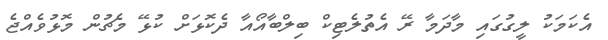
އެކަަމަކު ލީގުގައި މާދަމާ ރޭ އެތުލެޓިކް ބިލްބާއޯއާ ދެކޮޅަށް ކުޅޭ މެޗުން މޮޅުވެއްޖެ